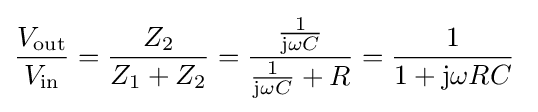
{\frac {V_{\mathrm {out} }}{V_{\mathrm {in} }}}={\frac {Z_{\mathrm {2} }}{Z_{\mathrm {1} }+Z_{\mathrm {2} }}}={\frac {\frac {1}{\mathrm {j} \omega C}}{{\frac {1}{\mathrm {j} \omega C}}+R}}={\frac {1}{1+\mathrm {j} \omega RC}}\